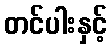
တင်ပါးနှင့်